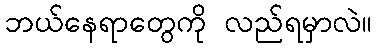
ဘယ်နေရာတွေကို လည်ရမှာလဲ။